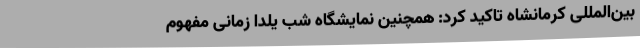
بین‌المللی کرمانشاه تاکید کرد: همچنین نمایشگاه شب یلدا زمانی مفهوم